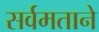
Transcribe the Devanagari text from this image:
सर्वमताने